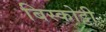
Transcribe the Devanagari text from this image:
बिस्कोट्टी